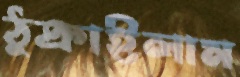
ঠুক্‌রাইলাম